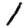
Digit: 1